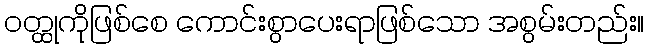
ဝတ္ထုကိုဖြစ်စေ ကောင်းစွာပေးရာဖြစ်သော အစွမ်းတည်း။